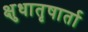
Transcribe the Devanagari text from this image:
क्षुधातृषार्ता